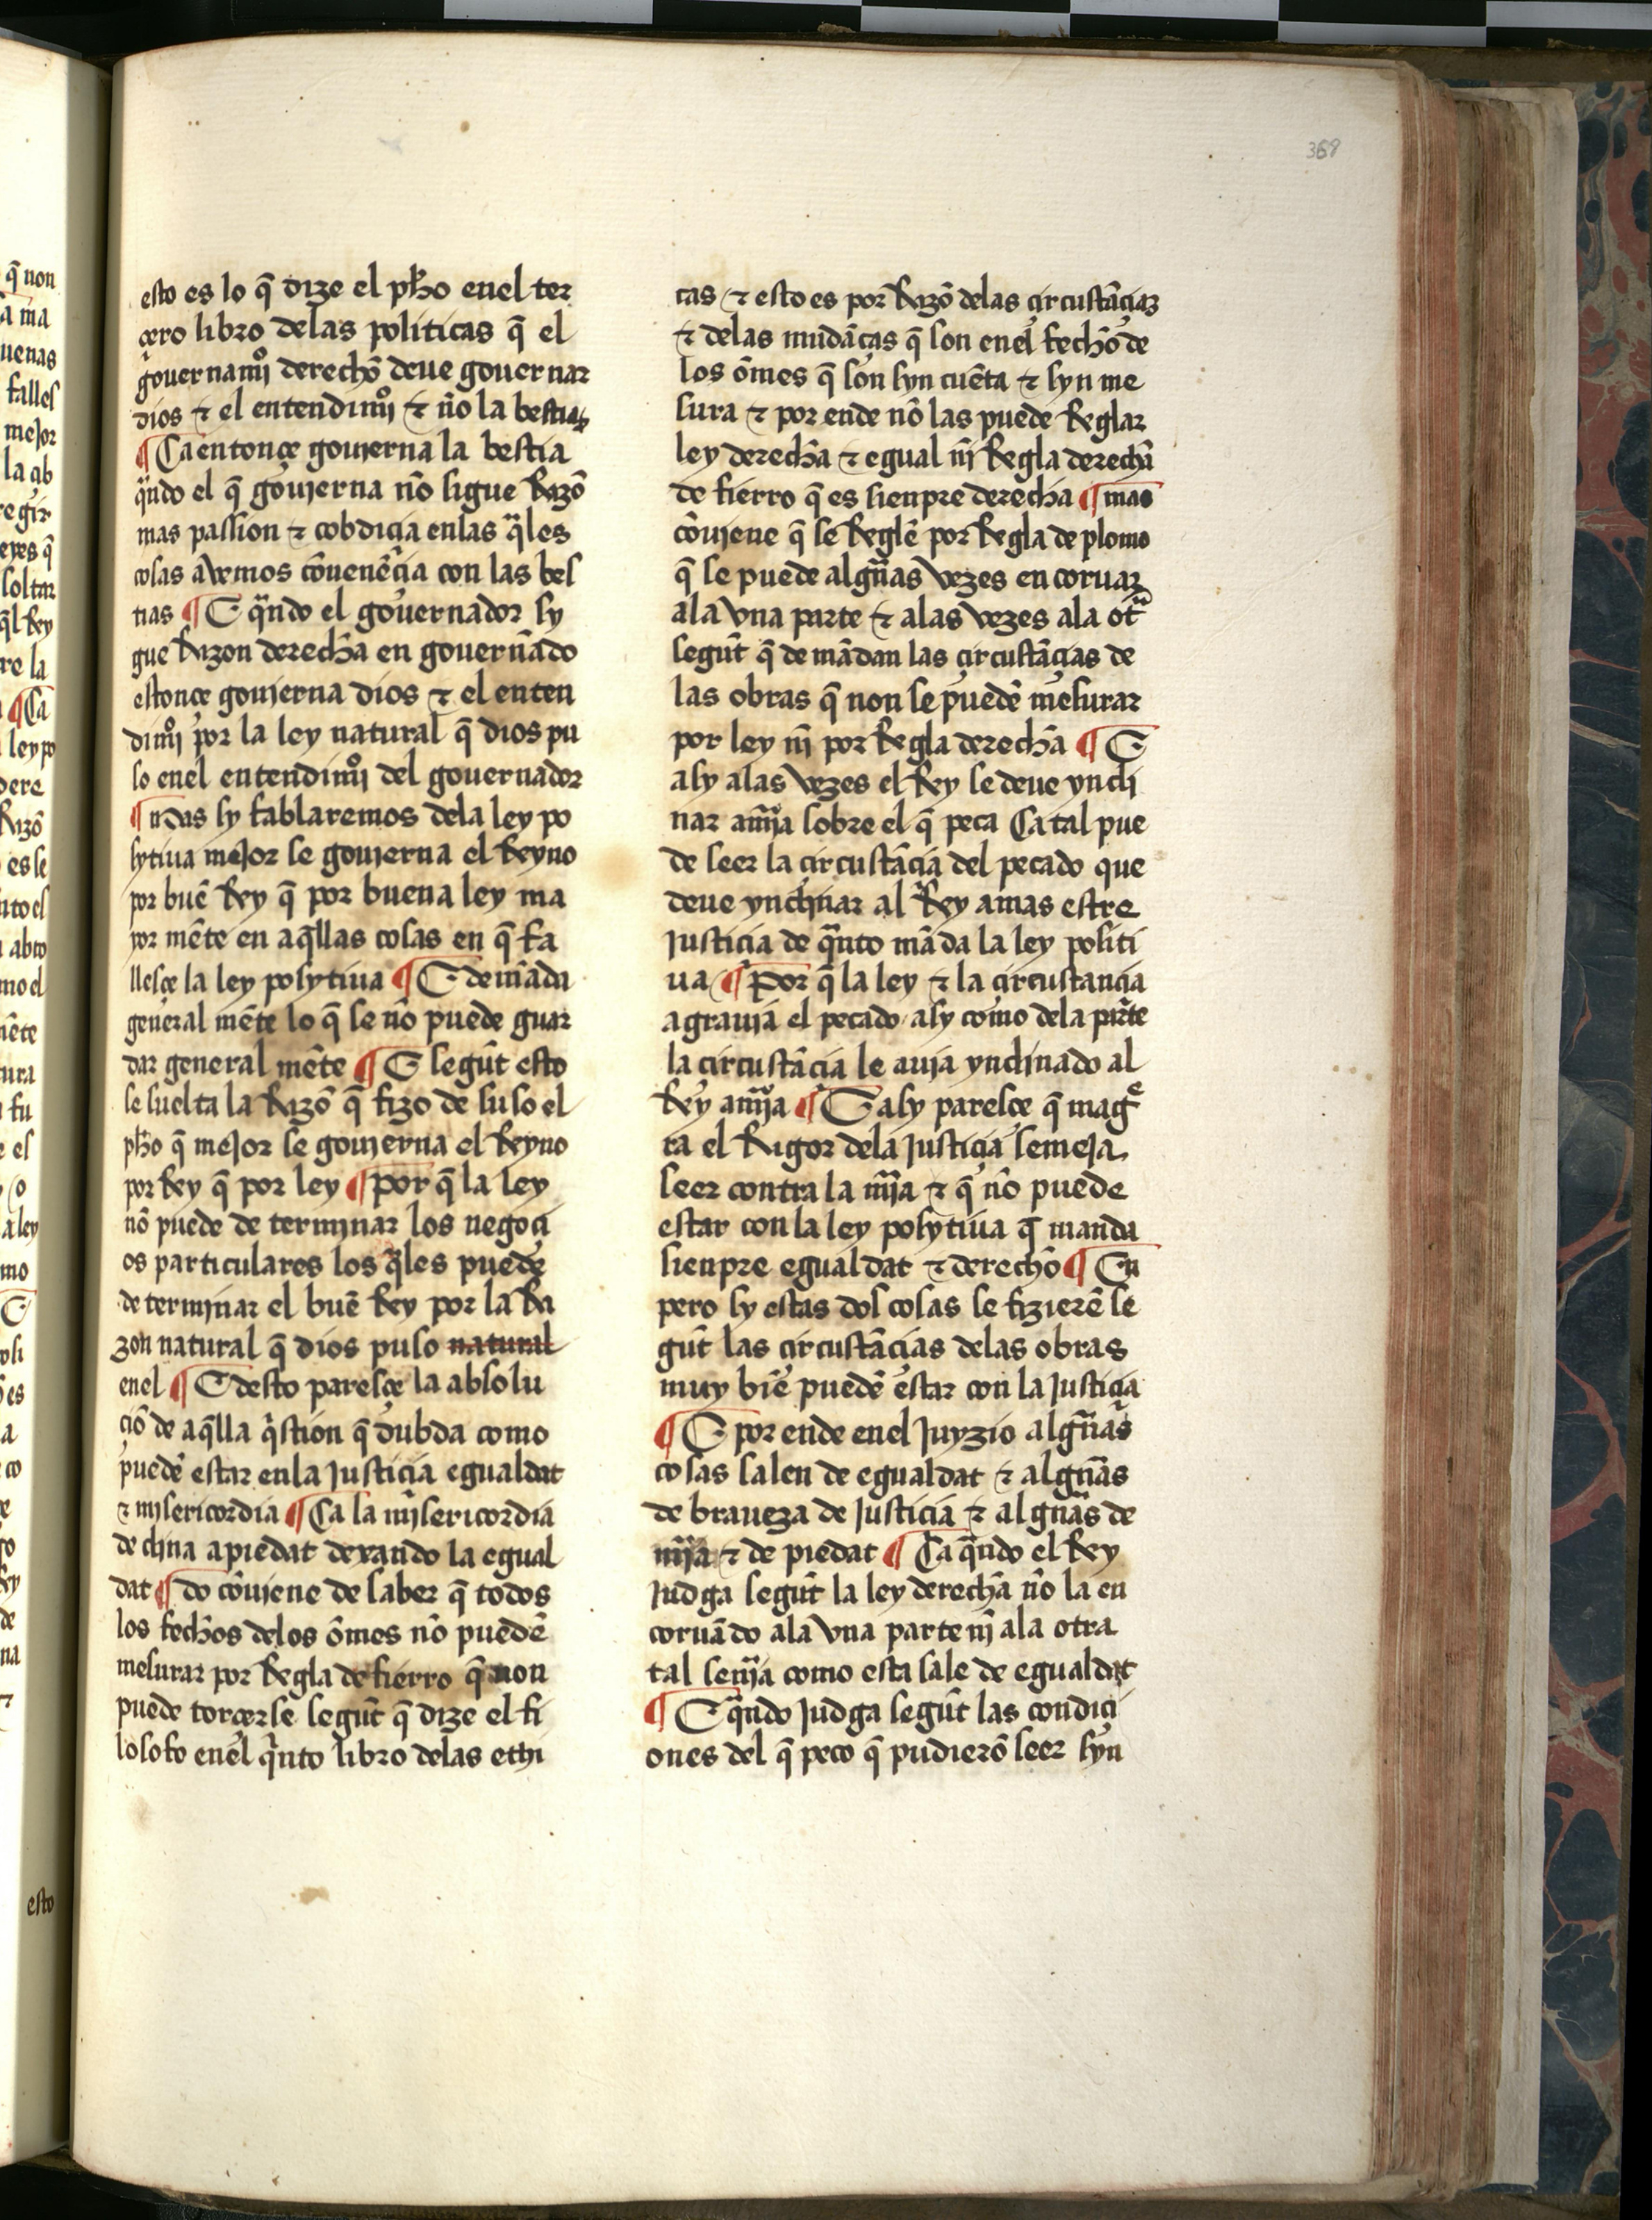
Shelfmark: Salamanca, Biblioteca Histórica USAL, 2709
Century: 15